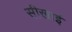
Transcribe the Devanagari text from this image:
सीखाई